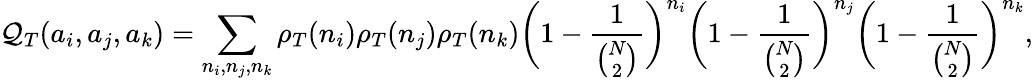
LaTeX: \mathcal{Q}_{T}(a_{i},a_{j},a_{k})=\sum_{n_{i},n_{j},n_{k}}\rho_{T}(n_{i})\rho_{T}(n_{j})\rho_{T}(n_{k})\bigg(1-\frac{1}{{\binom{N}{2}}}\bigg)^{n_{i}}\bigg(1-\frac{1}{{\binom{N}{2}}}\bigg)^{n_{j}}\bigg(1-\frac{1}{{\binom{N}{2}}}\bigg)^{n_{k}},